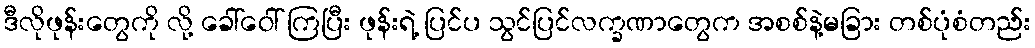
ဒီလိုဖုန်းတွေကို လို့ ခေါ်ဝေါ် ကြပြီး ဖုန်းရဲ့ ပြင်ပ သွင်ပြင်လက္ခဏာတွေက အစစ်နဲ့မခြား တစ်ပုံစံတည်း